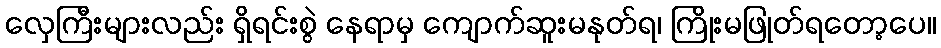
လှေကြီးများလည်း ရှိရင်းစွဲ နေရာမှ ကျောက်ဆူးမနုတ်ရ၊ ကြိုးမဖြုတ်ရတော့ပေ။